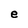
Character: e